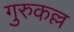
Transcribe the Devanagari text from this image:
गुरुकल्ल